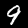
Digit: 9